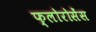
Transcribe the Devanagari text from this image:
फ्लोरोसेंस